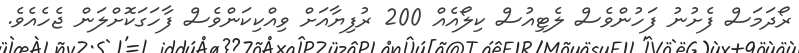
ރޯދަމަސް ފެށުނު ފަހުންވެސް ލެޓިއުސް ކިލޯއެއް 200 ރުފިޔާއަށް ވިއްކިކަންވެސް ފާހަގަކޮށްލަން ޖެހެއެވެ.